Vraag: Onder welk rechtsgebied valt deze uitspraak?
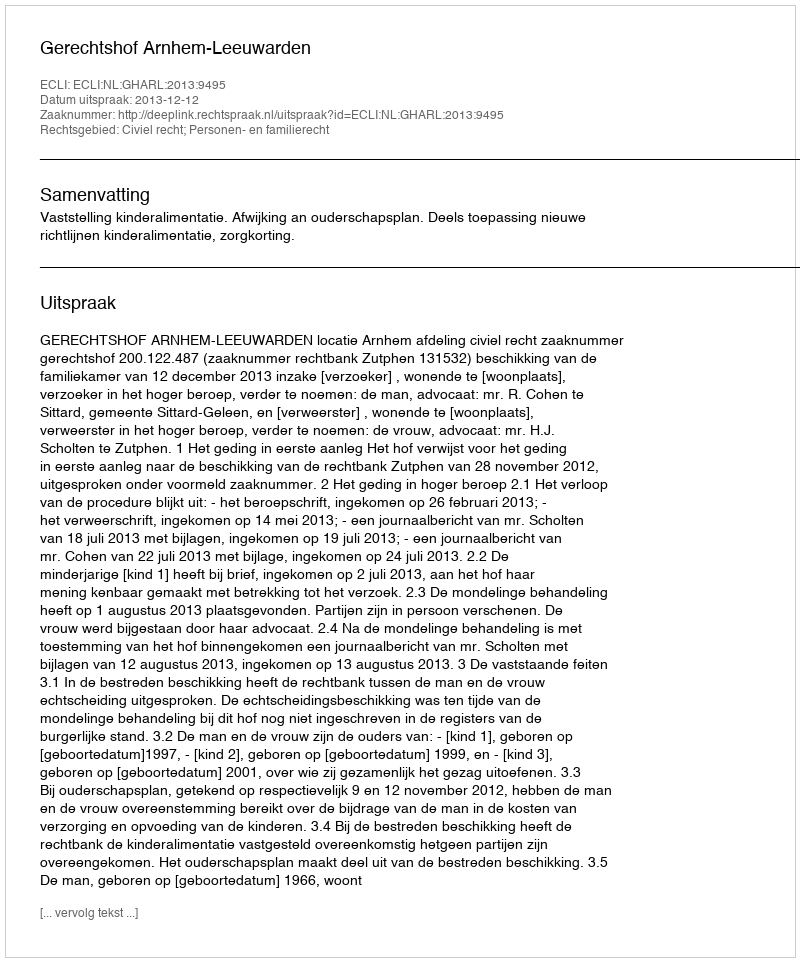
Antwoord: Civiel recht; Personen- en familierecht